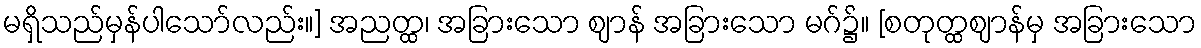
မရှိသည်မှန်ပါသော်လည်း။] အညတ္ထ၊ အခြားသော ဈာန် အခြားသော မဂ်၌။ [စတုတ္ထဈာန်မှ အခြားသော